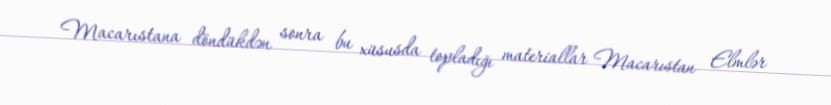
Macarıstana döndükdən sonra bu xüsusda topladığı materiallar Macarıstan Elmlər